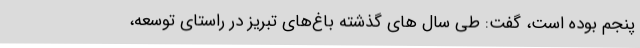
پنجم بوده است، گفت: طی سال های گذشته باغ‌های تبریز در راستای توسعه،